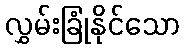
လွှမ်းခြုံနိုင်သော